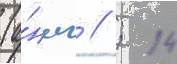
(а́нгл // ; 14